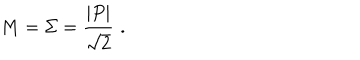
M = \Sigma = \frac { | P | } { \sqrt { 2 } } \, \, .